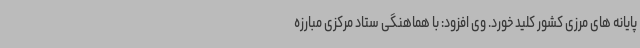
پایانه های مرزی کشور کلید خورد. وی افزود: با هماهنگی ستاد مرکزی مبارزه